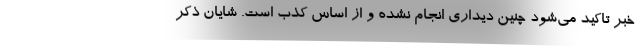
خبر تاکید می‌شود چنین دیداری انجام نشده و از اساس کذب است. شایان ذکر